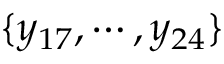
\{ y _ { 1 7 } , \cdots , y _ { 2 4 } \}